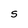
Character: S